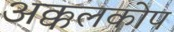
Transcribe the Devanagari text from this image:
अक्कलकोप